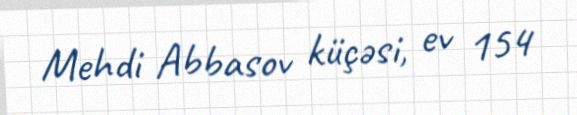
Mehdi Abbasov küçəsi, ev 154